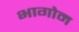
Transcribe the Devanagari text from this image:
भागोम